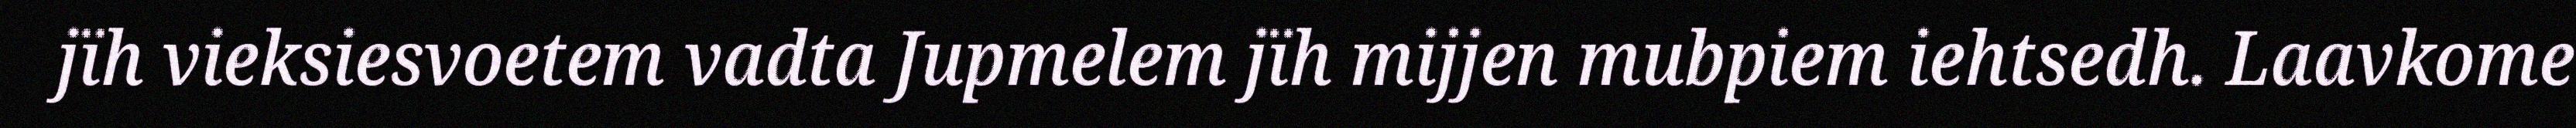
jïh vieksiesvoetem vadta Jupmelem jïh mijjen mubpiem iehtsedh. Laavkome